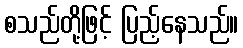
စသည်တို့ဖြင့် ပြည့်နေသည်။